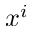
x ^ { i }